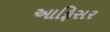
આફિસર